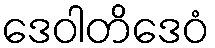
ဒေဝါတိဒေဝံ